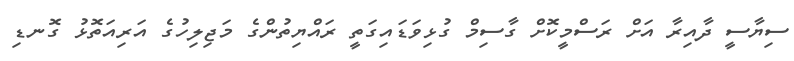
ސިޔާސީ ދާއިރާ އަށް ރަސްމީކޮށް ގާސިމް ގުޅިވަޑައިގަތީ ރައްޔިތުންގެ މަޖިލިހުގެ އަރިއަތޮޅު ގޮނޑި